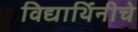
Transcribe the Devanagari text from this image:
विद्यार्थिनीचे